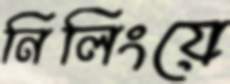
নিলিংয়ে